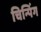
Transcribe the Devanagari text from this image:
चिन्पिंग